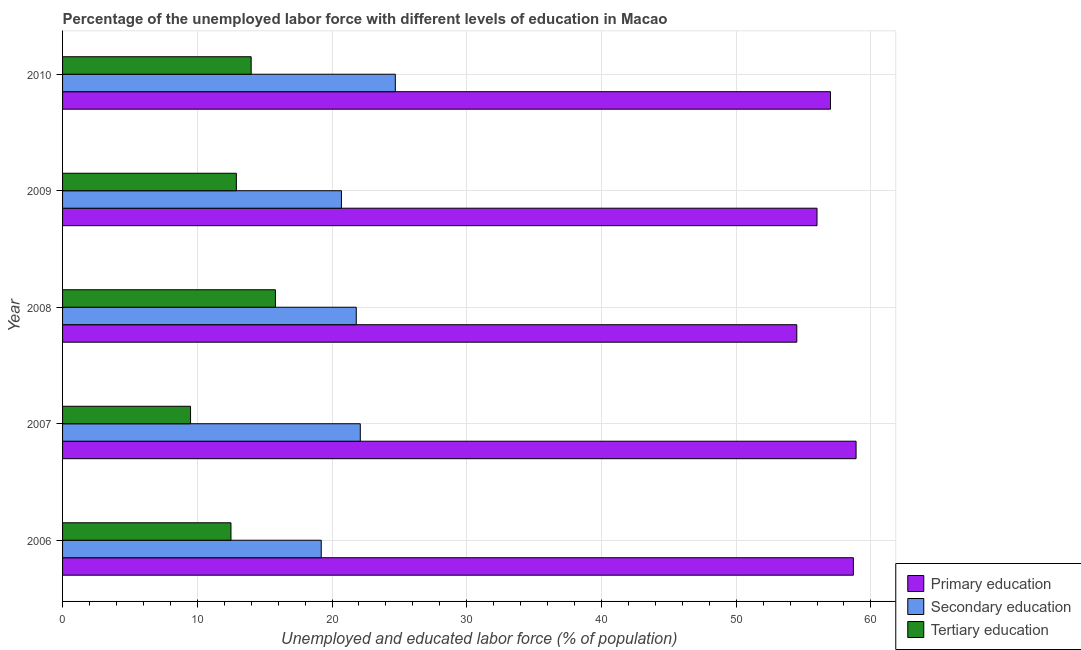
| Year | Primary education | Secondary education | Tertiary education |
 | --- | --- | --- | --- |
 | 2006 | 58.7 | 19.2 | 12.5 |
 | 2007 | 58.9 | 22.1 | 9.5 |
 | 2008 | 54.5 | 21.8 | 15.8 |
 | 2009 | 56 | 20.7 | 12.9 |
 | 2010 | 57 | 24.7 | 14 |